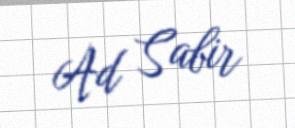
Ad Sabir